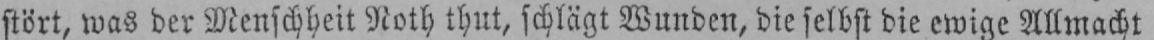
stört, was der Menschheit Noth thut, schlägt Wunden, die selbst die ewige Allmacht